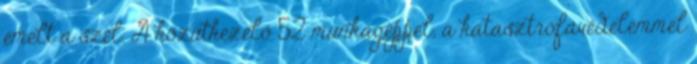
emelt a szél. A közútkezelő 52 munkagéppel, a katasztrófavédelemmel